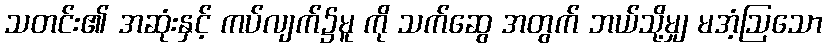
သတင်း၏ အဆုံးနှင့် ကပ်လျက်၌မူ ကို သက်ဆွေ အတွက် ဘယ်သို့မျှ မအံ့ဩသော